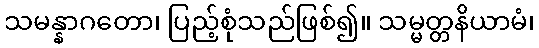
သမန္နာဂတော၊ ပြည့်စုံသည်ဖြစ်၍။ သမ္မတ္တနိယာမံ၊